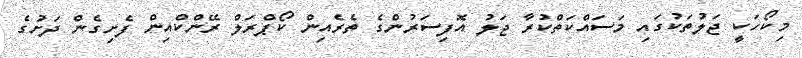
މިކޯހަކީ ޖަލުތަކުގައި މަސައްކަތްކުރާ ޖަލު އޮފިސަރުންގެ ތެރެއިން ކޯޕްރަލް ރޭންކްއިން ފެށިގެން ދަށުގެ